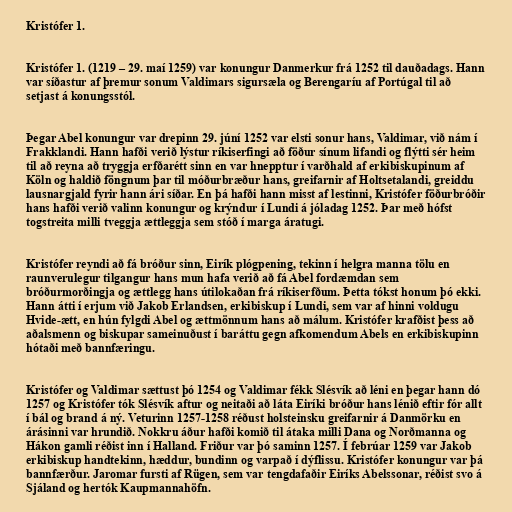
Kristófer 1.

Kristófer 1. (1219 – 29. maí 1259) var konungur Danmerkur frá 1252 til dauðadags. Hann
var síðastur af þremur sonum Valdimars sigursæla og Berengaríu af Portúgal til að
setjast á konungsstól.

Þegar Abel konungur var drepinn 29. júní 1252 var elsti sonur hans, Valdimar, við nám í
Frakklandi. Hann hafði verið lýstur ríkiserfingi að föður sínum lifandi og flýtti sér heim
til að reyna að tryggja erfðarétt sinn en var hnepptur í varðhald af erkibiskupinum af
Köln og haldið föngnum þar til móðurbræður hans, greifarnir af Holtsetalandi, greiddu
lausnargjald fyrir hann ári síðar. En þá hafði hann misst af lestinni, Kristófer föðurbróðir
hans hafði verið valinn konungur og krýndur í Lundi á jóladag 1252. Þar með hófst
togstreita milli tveggja ættleggja sem stóð í marga áratugi.

Kristófer reyndi að fá bróður sinn, Eirík plógpening, tekinn í helgra manna tölu en
raunverulegur tilgangur hans mun hafa verið að fá Abel fordæmdan sem
bróðurmorðingja og ættlegg hans útilokaðan frá ríkiserfðum. Þetta tókst honum þó ekki.
Hann átti í erjum við Jakob Erlandsen, erkibiskup í Lundi, sem var af hinni voldugu
Hvide-ætt, en hún fylgdi Abel og ættmönnum hans að málum. Kristófer krafðist þess að
aðalsmenn og biskupar sameinuðust í baráttu gegn afkomendum Abels en erkibiskupinn
hótaði með bannfæringu.

Kristófer og Valdimar sættust þó 1254 og Valdimar fékk Slésvík að léni en þegar hann dó
1257 og Kristófer tók Slésvík aftur og neitaði að láta Eiríki bróður hans lénið eftir fór allt
í bál og brand á ný. Veturinn 1257-1258 réðust holsteinsku greifarnir á Danmörku en
árásinni var hrundið. Nokkru áður hafði komið til átaka milli Dana og Norðmanna og
Hákon gamli réðist inn í Halland. Friður var þó saminn 1257. Í febrúar 1259 var Jakob
erkibiskup handtekinn, hæddur, bundinn og varpað í dýflissu. Kristófer konungur var þá
bannfærður. Jaromar fursti af Rügen, sem var tengdafaðir Eiríks Abelssonar, réðist svo á
Sjáland og hertók Kaupmannahöfn.